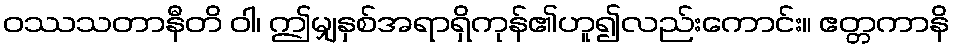
ဝဿသတာနီတိ ဝါ၊ ဤမျှနှစ်အရာရှိကုန်၏ဟူ၍လည်းကောင်း။ ဧတ္တကာနိ